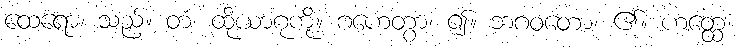
ထေရော၊ သည်။ တံ၊ ထိုယာဂုကို။ ဂဟေတွာ၊ ၍။ ဘဂဝတော၊ ၏။ ဟတ္ထေ၊